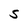
Character: S